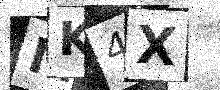
Text: MK4X